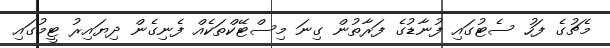
މެޗުގެ ފަހު ސެޓުގައި ފުނާޑުގެ ފަރާތުން ގިނަ މިސްޓޭކްތަކެއް ފެނިގެން ދިޔައިރު ޓީމުގައި